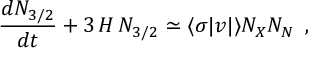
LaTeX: \frac { d N _ { 3 / 2 } } { d t } + 3 \, H \, N _ { 3 / 2 } \simeq \langle \sigma \vert v \vert \rangle N _ { X } N _ { N } \, \, \, ,